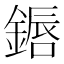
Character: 𬫷